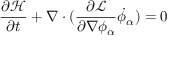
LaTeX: { \frac { \partial { \mathcal { H } } } { \partial t } } + \nabla \cdot ( { \frac { \partial { \mathcal { L } } } { \partial \nabla \phi _ { \alpha } } } { \dot { \phi } } _ { \alpha } ) = 0